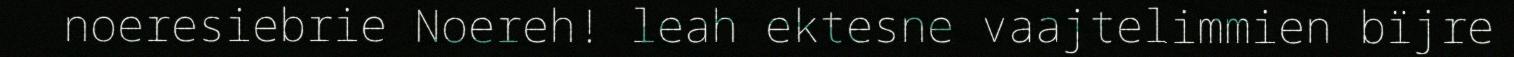
noeresiebrie Noereh! leah ektesne vaajtelimmien bïjre